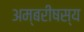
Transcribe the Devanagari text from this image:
अम्बरीषस्य